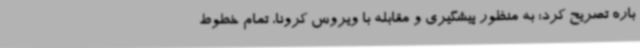
باره تصریح کرد: به منظور پیشگیری و مقابله با ویروس کرونا، تمام خطوط